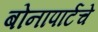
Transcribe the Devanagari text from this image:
बोनापार्टचे